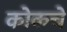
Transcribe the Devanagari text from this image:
कोकचे